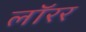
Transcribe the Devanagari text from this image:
लॉरर